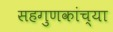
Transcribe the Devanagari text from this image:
सहगुणकांच्या